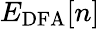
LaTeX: E_{\mathrm{DFA}}[n]